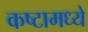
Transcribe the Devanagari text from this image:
कष्टामध्ये